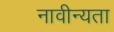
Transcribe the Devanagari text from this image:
नावीन्यता